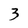
Character: 3